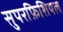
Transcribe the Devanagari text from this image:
सुपरफ़िशियल